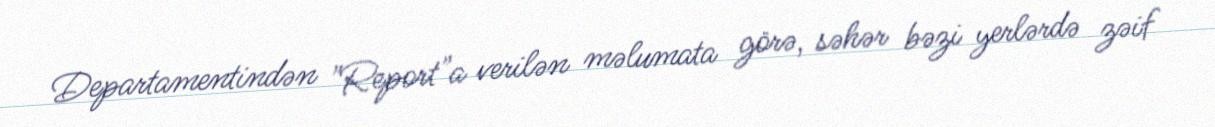
Departamentindən "Report"a verilən məlumata görə, səhər bəzi yerlərdə zəif